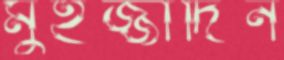
মুইজ্জাদিন